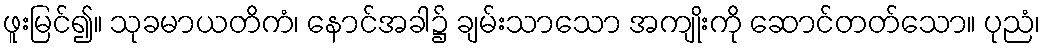
ဖူးမြင်၍။ သုခမာယတိကံ၊ နောင်အခါ၌ ချမ်းသာသော အကျိုးကို ဆောင်တတ်သော။ ပုညံ၊